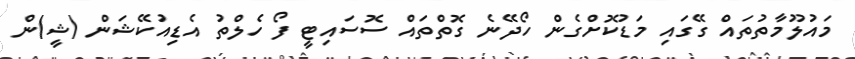
މައުލޫމާތުތައް ގޭގައި މަޑުކޮށްގެން ހޯދޭނެ ގޮތްތައް ސޮސައިޓީ ފޯ ހެލްތު އެޑިއުކޭޝަން (ޝީ)ން